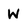
Character: W